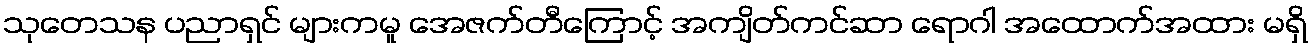
သုတေသန ပညာရှင် များကမူ အေဇက်တီကြောင့် အကျိတ်ကင်ဆာ ရောဂါ အထောက်အထား မရှိ